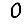
Digit: 0